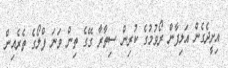
އިށީދެގެން އަލިފާން ރޯވުމުގެ ކުރިން ސިތާރާ ގޭގެ ތިން ވަނަ ފްލޯގެ ތެރެއިން